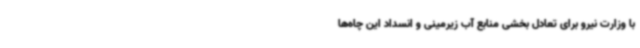
با وزارت نیرو برای تعادل بخشی منابع آب زیرمینی و انسداد این چاه‌ها